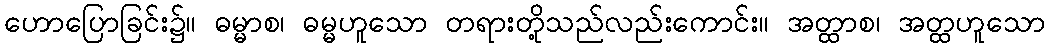
ဟောပြောခြင်း၌။ ဓမ္မာစ၊ ဓမ္မဟူသော တရားတို့သည်လည်းကောင်း။ အတ္ထာစ၊ အတ္ထဟူသော